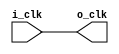
module values(
	input i_clk,
	output o_clk
	);

	assign o_clk = i_clk;

endmodule

module test;
	reg i_clk;
	wire o_clk;

	values V(
		i_clk,
		o_clk
	);

	always #2 i_clk = ~o_clk;

initial begin
	$dumpvars(0, V);
	i_clk <= 0;
	#500;
	$finish;
	
	end

endmodule